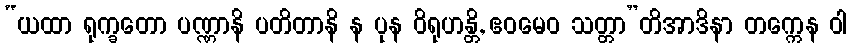
“ယထာ ရုက္ခတော ပဏ္ဏာနိ ပတိတာနိ န ပုန ဝိရုဟန္တိ, ဧဝမေဝ သတ္တာ”တိအာဒိနာ တက္ကေန ဝါ